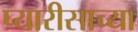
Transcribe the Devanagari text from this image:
प्यारीसाच्या